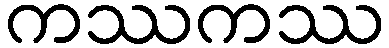
ကဿကဿ